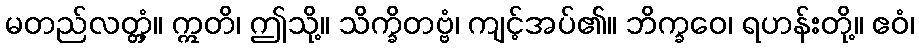
မတည်လတ္တံ့။ ဣတိ၊ ဤသို့။ သိက္ခိတဗ္ဗံ၊ ကျင့်အပ်၏။ ဘိက္ခဝေ၊ ရဟန်းတို့။ ဧဝံ၊